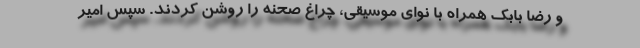
و رضا بابک همراه با نوای موسیقی، چراغ صحنه را روشن کردند. سپس امیر